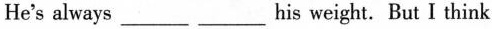
He's always___ ___ his weight. But I think